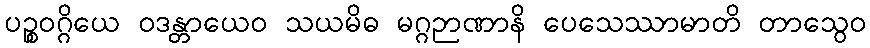
ပဉ္စဝဂ္ဂိယေ ဝဒန္တာယေဝ သယမိဓ မဂ္ဂဉာဏာနိ ပေသေဿာမာတိ တာသွေဝ